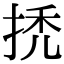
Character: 𢬳